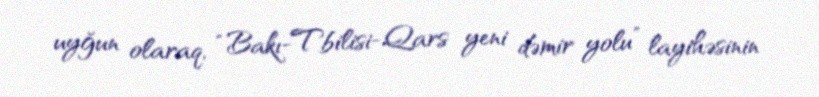
uyğun olaraq, “Bakı-Tbilisi-Qars yeni dəmir yolu” layihəsinin